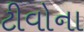
ટીવોના